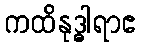
ကထိနုဒ္ဓါရာဧ